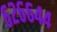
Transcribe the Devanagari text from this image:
६२६६४४